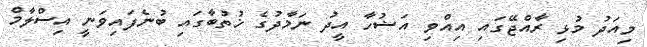
މިއަދު މުޅި ރާއްޖޭގައި އިއްވި އަޟުހާ އީދު ނަމާދުގެ ޚުތުބާގައި ބުނެފައިވަނީ އިސްލާމް